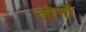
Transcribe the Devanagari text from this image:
तीनॉ